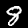
Label: 8